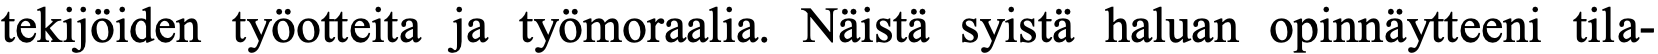
tekijöiden työotteita ja työmoraalia. Näistä syistä haluan opinnäytteeni tila-